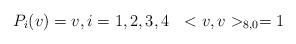
LaTeX: \begin{align*}P_{i}(v)=v, i=1,2,3,4~~<v,v>_{8,0}=1\end{align*}